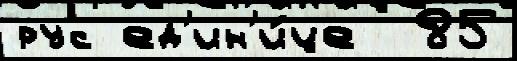
рус ед'ин'и́це  85